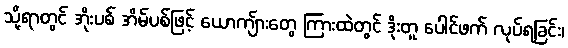
သို့ရာတွင် အိုးပစ် အိမ်ပစ်ဖြင့် ယောကျ်ားတွေ ကြားထဲတွင် ဒိုးတူ ပေါင်ဖက် လုပ်ရခြင်း၊